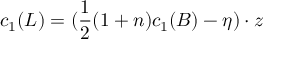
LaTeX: c _ { 1 } ( L ) = ( \frac { 1 } { 2 } ( 1 + n ) c _ { 1 } ( B ) - \eta ) \cdot z